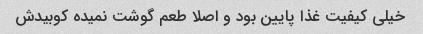
خیلی کیفیت غذا پایین بود و اصلا طعم گوشت نمیده کوبیدش